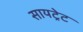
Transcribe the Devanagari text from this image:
सायट्रेट